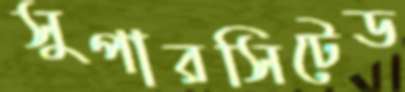
সুপারসিটেড